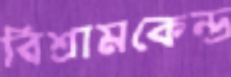
বিশ্রামকেন্দ্র